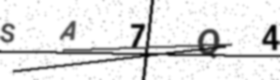
Text: SA7Q4